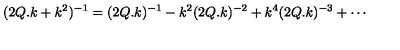
( 2 Q . k + k ^ { 2 } ) ^ { - 1 } = ( 2 Q . k ) ^ { - 1 } - k ^ { 2 } ( 2 Q . k ) ^ { - 2 } + k ^ { 4 } ( 2 Q . k ) ^ { - 3 } + \cdots